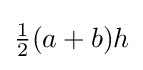
{\tfrac {1}{2}}(a+b)h